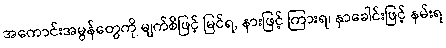
အကောင်းအမွန်တွေကို မျက်စိဖြင့် မြင်ရ, နားဖြင့် ကြားရ၊ နှာခေါင်းဖြင့် နမ်းရ